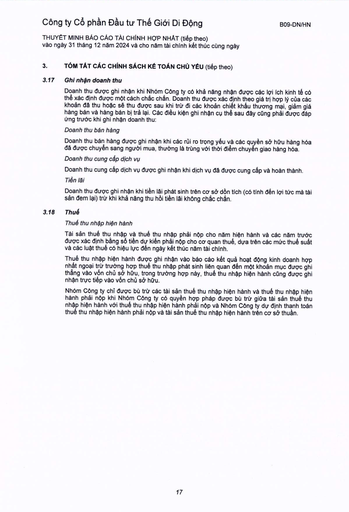
|3.|TÓM TẮT CÁC CHÍNH SÁCH KẾ TOÁN CHỦ YẾU (tiếp theo)| |---|---| |3.17|Ghi nhận doanh thu| ||Doanh thu được ghi nhận khi Nhóm Công ty có khả năng nhận được các lợi ích kinh tế có thể xác định được một cách chắc chắn. Doanh thu được xác định theo giá trị hợp lý của các khoản đã thu hoặc sẽ thu được sau khi trừ đi các khoản chiết khấu thương mại, giảm giá hàng bán và hàng bán bị trả lại. Các điều kiện ghi nhận cụ thể sau đây cũng phải được đáp ứng trước khi ghi nhận doanh thu:| ||Doanh thu bán hàng| ||Doanh thu bán hàng được ghi nhận khi các rủi ro trọng yếu và các quyền sở hữu hàng hóa đã được chuyển sang người mua, thường là trùng với thời điểm chuyển giao hàng hóa. Doanh thu cung cấp dịch vụ| ||Doanh thu cung cấp dịch vụ được ghi nhận khi dịch vụ đã được cung cấp và hoàn thành. Tiền lãi| ||Doanh thu được ghi nhận khi tiền lãi phát sinh trên cơ sở đơn tích (có tính đến lợi tức mà tài sản đem lại) trừ khi khả năng thu hồi tiền lãi không chắc chắn.| |3.18|Thuế| ||Thuế thu nhập hiện hành| ||Tài sản thuế thu nhập và thuế thu nhập phải nộp cho năm hiện hành và các năm trước được xác định bằng số tiền dự kiến phải nộp cho cơ quan thuế, dựa trên các mức thuế suất và các luật thuế có hiệu lực đến ngày kết thúc năm tài chính.| ||Thuế thu nhập hiện hành được ghi nhận vào báo cáo kết quả hoạt động kinh doanh hợp nhất ngoại trừ trường hợp thuế thu nhập phát sinh liên quan đến một khoản mục được ghi thẳng vào vốn chủ sở hữu, trong trường hợp này, thuế thu nhập hiện hành cũng được ghi nhận trực tiếp vào vốn chủ sở hữu.| ||Nhóm Công ty chỉ được bù trừ các tài sản thuế thu nhập hiện hành và thuế thu nhập hiện hành phải nộp khi Nhóm Công ty có quyền hợp pháp được bù trừ giữa tài sản thuế thu nhập hiện hành với thuế thu nhập hiện hành phải nộp và Nhóm Công ty dự định thanh toán thuế thu nhập hiện hành phải nộp và tài sản thuế thu nhập hiện hành trên cơ sở thuần.|